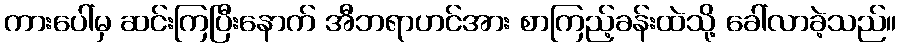
ကားပေါ်မှ ဆင်းကြပြီးနောက် အီဘရာဟင်အား စာကြည့်ခန်းထဲသို့ ခေါ်လာခဲ့သည်။